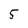
Character: 5